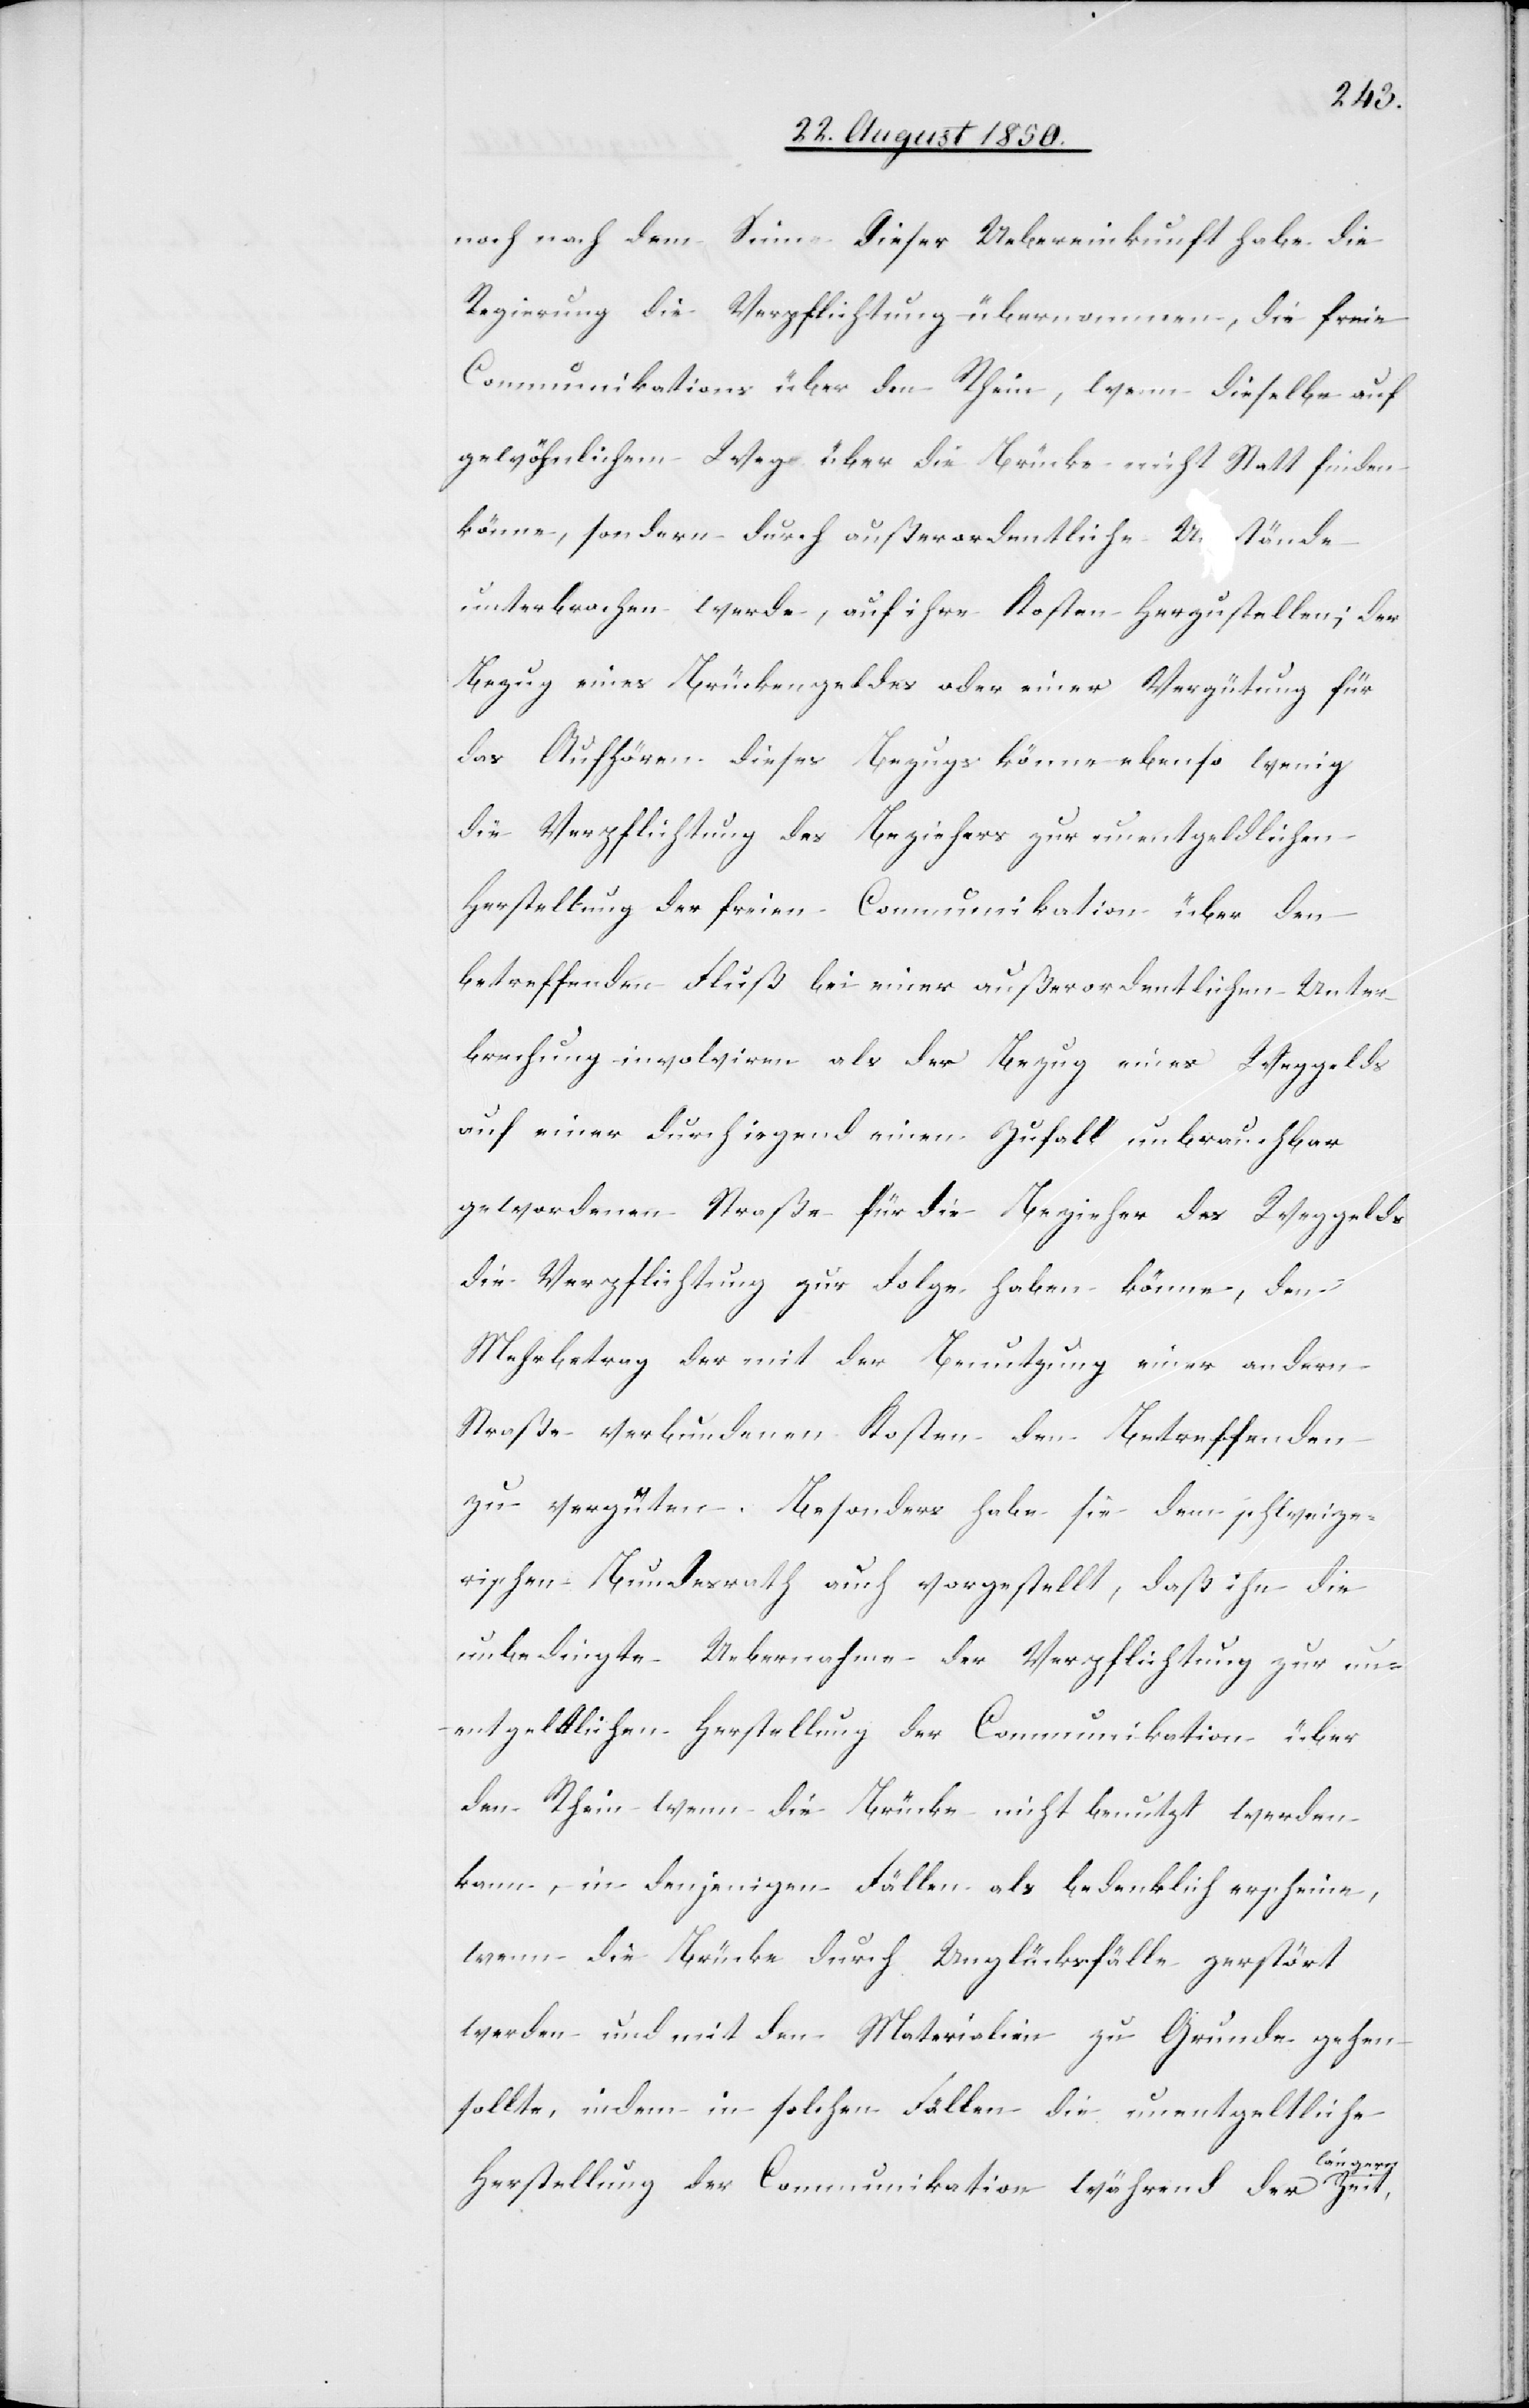
noch nach dem Sinne dieser Uebereinkunft habe die
Regierung die Verpflichtung übernommen, die freie
Communikations [sic!] über den Rhein, wenn dieselbe auf
gewöhnlichem Weg über die Brücke nicht Statt finden
könne, sondern durch außerordentliche Umstände
unterbrochen werde, auf ihre Kosten herzustellen; der
Bezug eines Brückengeldes oder einer Vergütung für
das Aufhören dieses Bezugs könne ebenso wenig
die Verpflichtung des Beziehers zur unentgeldlichen
Herstellung der freien Communikation über den
betreffenden Fluß bei einer außerordentlichen Unter¬
brechung involviren als der Bezug eines Weggelds
auf einer durch irgend einen Zufall unbrauchbar
gewordenen Straße für die Bezieher des Weggelds
die Verpflichtung zur Folge haben könne, den
Mehrbetrag der mit der Benutzung einer andern
Straße verbundenen Kosten den Betreffenden
zu vergüten. Besonders habe sie dem schweize¬
rischen Bundesrath auch vorgestellt, daß ihn die
unbedingte Uebernahme der Verpflichtung zur un¬
entgela-d-atlichen Herstellung der Communikation über
den Rhein wenn die Brücke nicht benutzt werden
kann, in denjenigen Fällen als bedenklich erscheine,
wenn die Brücke durch Unglücksfälle zerstört
werden und mit den Materialien zu Grunde gehen
sollte, indem in solchen Fällen die unentgeltliche
ängern
Herstellung der Communikation während der l¬